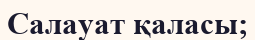
Салауат қаласы;